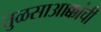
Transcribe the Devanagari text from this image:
तुळसाआक्कांची